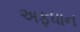
અફધાન